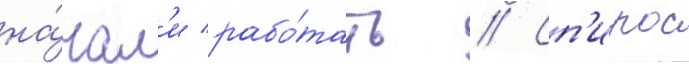
на́чал'и рабо́тать // Сп'ирос